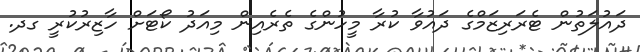
ދައުލަތުން ޓެރަރިޒަމްގެ ދައުވާ ކުރާ މީހުންގެ ތެރެއިން މިއަދު ކޯޓަށް ހާޒިރުކުރީ ގދ.